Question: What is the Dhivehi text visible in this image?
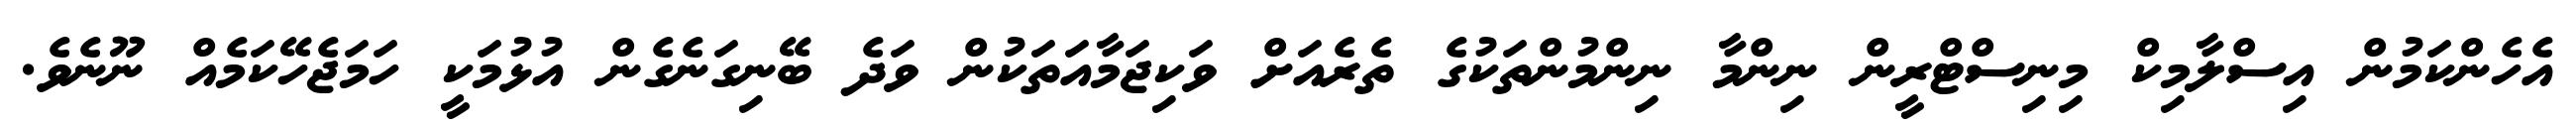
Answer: އެހެންކަމުން އިސްލާމިކް މިނިސްޓްރީން ނިންމާ ނިންމުންތަކުގެ ތެރެއަށް ވަކިޖަމާއަތަކުން ވަދެ ބޭނިގަނެގެން އުޅުމަކީ ހަމަޖެހޭކަމެއް ނޫނެވެ.